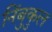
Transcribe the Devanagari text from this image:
निंबुकुल